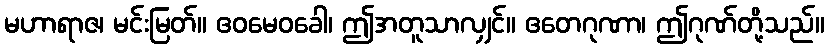
မဟာရာဇ၊ မင်းမြတ်။ ဧဝမေဝခေါ၊ ဤအတူသာလျှင်။ ဧတေဂုဏာ၊ ဤဂုဏ်တို့သည်။